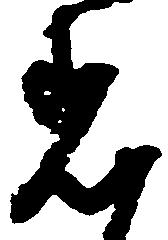
着